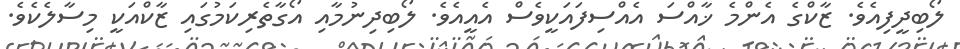
ލޯބިދީފިއެވެ. ޒާކްގެ އެންމެ ޚާއްސަ އެއްސިފައަކީވެސް އެއީއެވެ. ލޯބިދިނުމާއި އޯގާތެރިކަމުގައި ޒާކްއަކީ މިސާލެކެވެ.